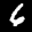
Digit: 4